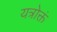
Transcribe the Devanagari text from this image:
यत्रोक्तं